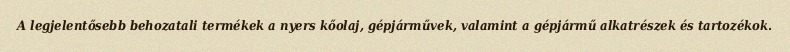
A legjelentősebb behozatali termékek a nyers kőolaj, gépjárművek, valamint a gépjármű alkatrészek és tartozékok.